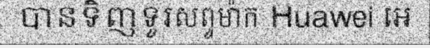
បានទិញទូរសព្ទម៉ាក Huawei អេ